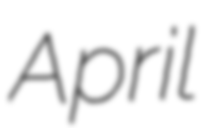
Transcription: April